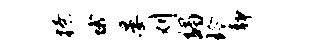
撩蛾晏刈蠲玲静